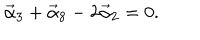
LaTeX: \vec { \alpha } _ { 3 } + \vec { \alpha } _ { 8 } - 2 \vec { \alpha } _ { 2 } = 0 .